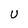
Character: U